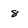
Character: 8